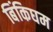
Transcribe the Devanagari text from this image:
बिंकिघम